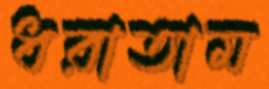
ধরাতাম